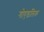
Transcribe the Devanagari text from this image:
गोएडलिक